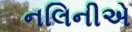
નલિનીએ